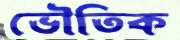
ভৌতিক